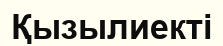
Қызылиекті